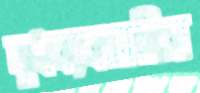
দুধব্যবসায়ীরা